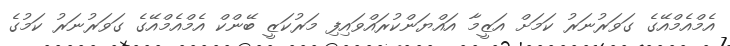
އެމްއެމްއޭގެ ގަވަރުނަރު ކަމަށް އަޒީމާ އައްޔަންކުރައްވައިފި މަރުކަޒީ ބޭންކް އެމްއެމްއޭގެ ގަވަރުނަރު ކަމުގެ